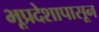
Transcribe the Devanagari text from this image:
भूप्रदेशापासून